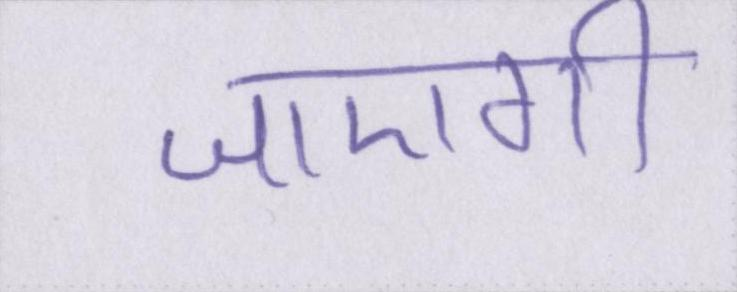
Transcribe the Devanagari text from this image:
जाएगी